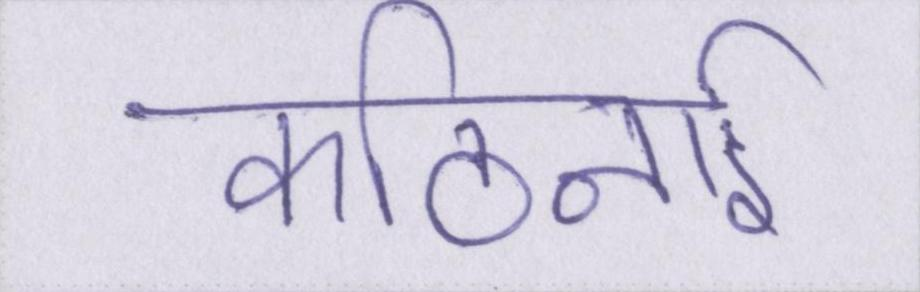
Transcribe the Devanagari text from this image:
कठिनाई